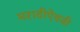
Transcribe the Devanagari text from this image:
मराठीऐवजी